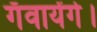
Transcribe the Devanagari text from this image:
गँवायेंगे।